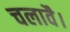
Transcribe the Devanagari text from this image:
चलावै।